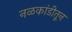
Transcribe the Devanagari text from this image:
नळकांडीतून